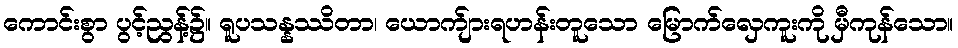
ကောင်းစွာ ပွင့်ညွန့်၌။ ရူပသန္နဿိတာ၊ ယောက်ျားရဟန်းတူသော မြောက်လှေကူးကို မှီကုန်သော။